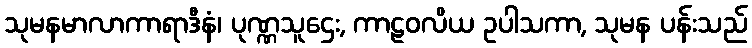
သုမနမာလာကာရာဒီနံ၊ ပုဏ္ဏသူဌေး, ကာဠဝလိယ ဥပါသကာ, သုမန ပန်းသည်